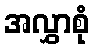
အလွှာစုံ